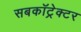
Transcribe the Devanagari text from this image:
सबकॉट्रेक्टर